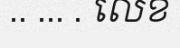
.. ... . លេខ